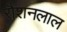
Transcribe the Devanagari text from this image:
रौशनलाल